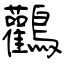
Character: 鸛